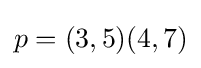
p=(3,5)(4,7)